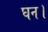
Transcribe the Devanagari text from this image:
घन।